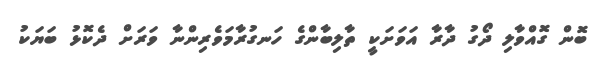
ބޮން ގޮއްވާލި ދޯގު ދާރާ އަވަށަކީ ތާލިބާންގެ ހަނގުރާމަވެރިންނާ ވަރަށް ދެކޮޅު ބަޔަކު